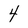
Character: 4